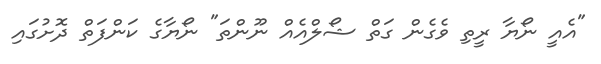
"އެއީ ނޯޔާ ރީތި ވެގެން ގަތް ޝޯލްއެއް ނޫންތަ" ނޯޔާގެ ކަންފަތް ދޮށުގައި